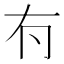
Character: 𠕇